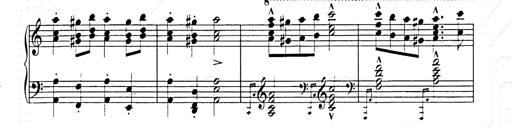
Title: Hungarian Rhapsody No.15
Composer: Franz Liszt
Key: A minor